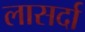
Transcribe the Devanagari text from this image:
लासर्दा